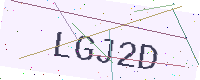
Text: LGJ2D